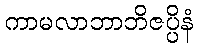
ကာမလာဘာဘိဇပ္ပိနံ